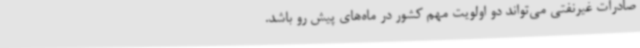
صادرات غیرنفتی می‌تواند دو اولویت مهم کشور در ماه‌های پیش رو باشد.